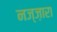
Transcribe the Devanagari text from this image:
नज्ज़ारा